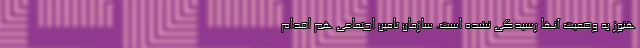
هنوز به وضعیت آنها رسیدگی نشده است. سازمان تامین اجتماعی هم اقدام